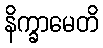
နိက္ခာမေတိ